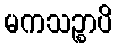
မကသဉ္စာပိ